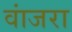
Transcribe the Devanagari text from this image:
वांजरा